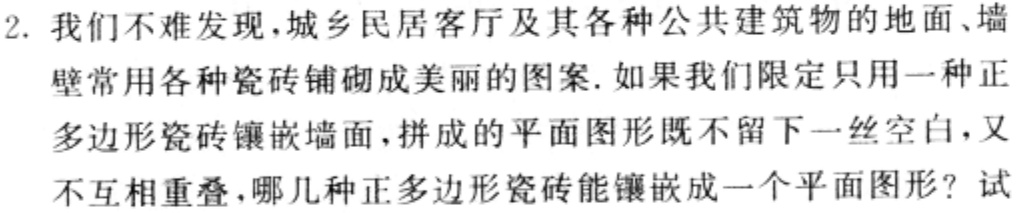
2. 我们不难发现，城乡民居客厅及其各种公共建筑物的地面、墙壁常用各种瓷砖铺砌成美丽的图案. 如果我们限定只用一种正多边形瓷砖镶嵌墙面，拼成的平面图形既不留下一丝空白，又不互相重叠，哪几种正多边形瓷砖能镶嵌成一个平面图形？试